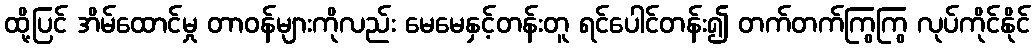
ထို့ပြင် အိမ်ထောင်မှု တာဝန်များကိုလည်း မေမေနှင့်တန်းတူ ရင်ပေါင်တန်း၍ တက်တက်ကြွကြွ လုပ်ကိုင်နိုင်